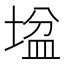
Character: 𡎛